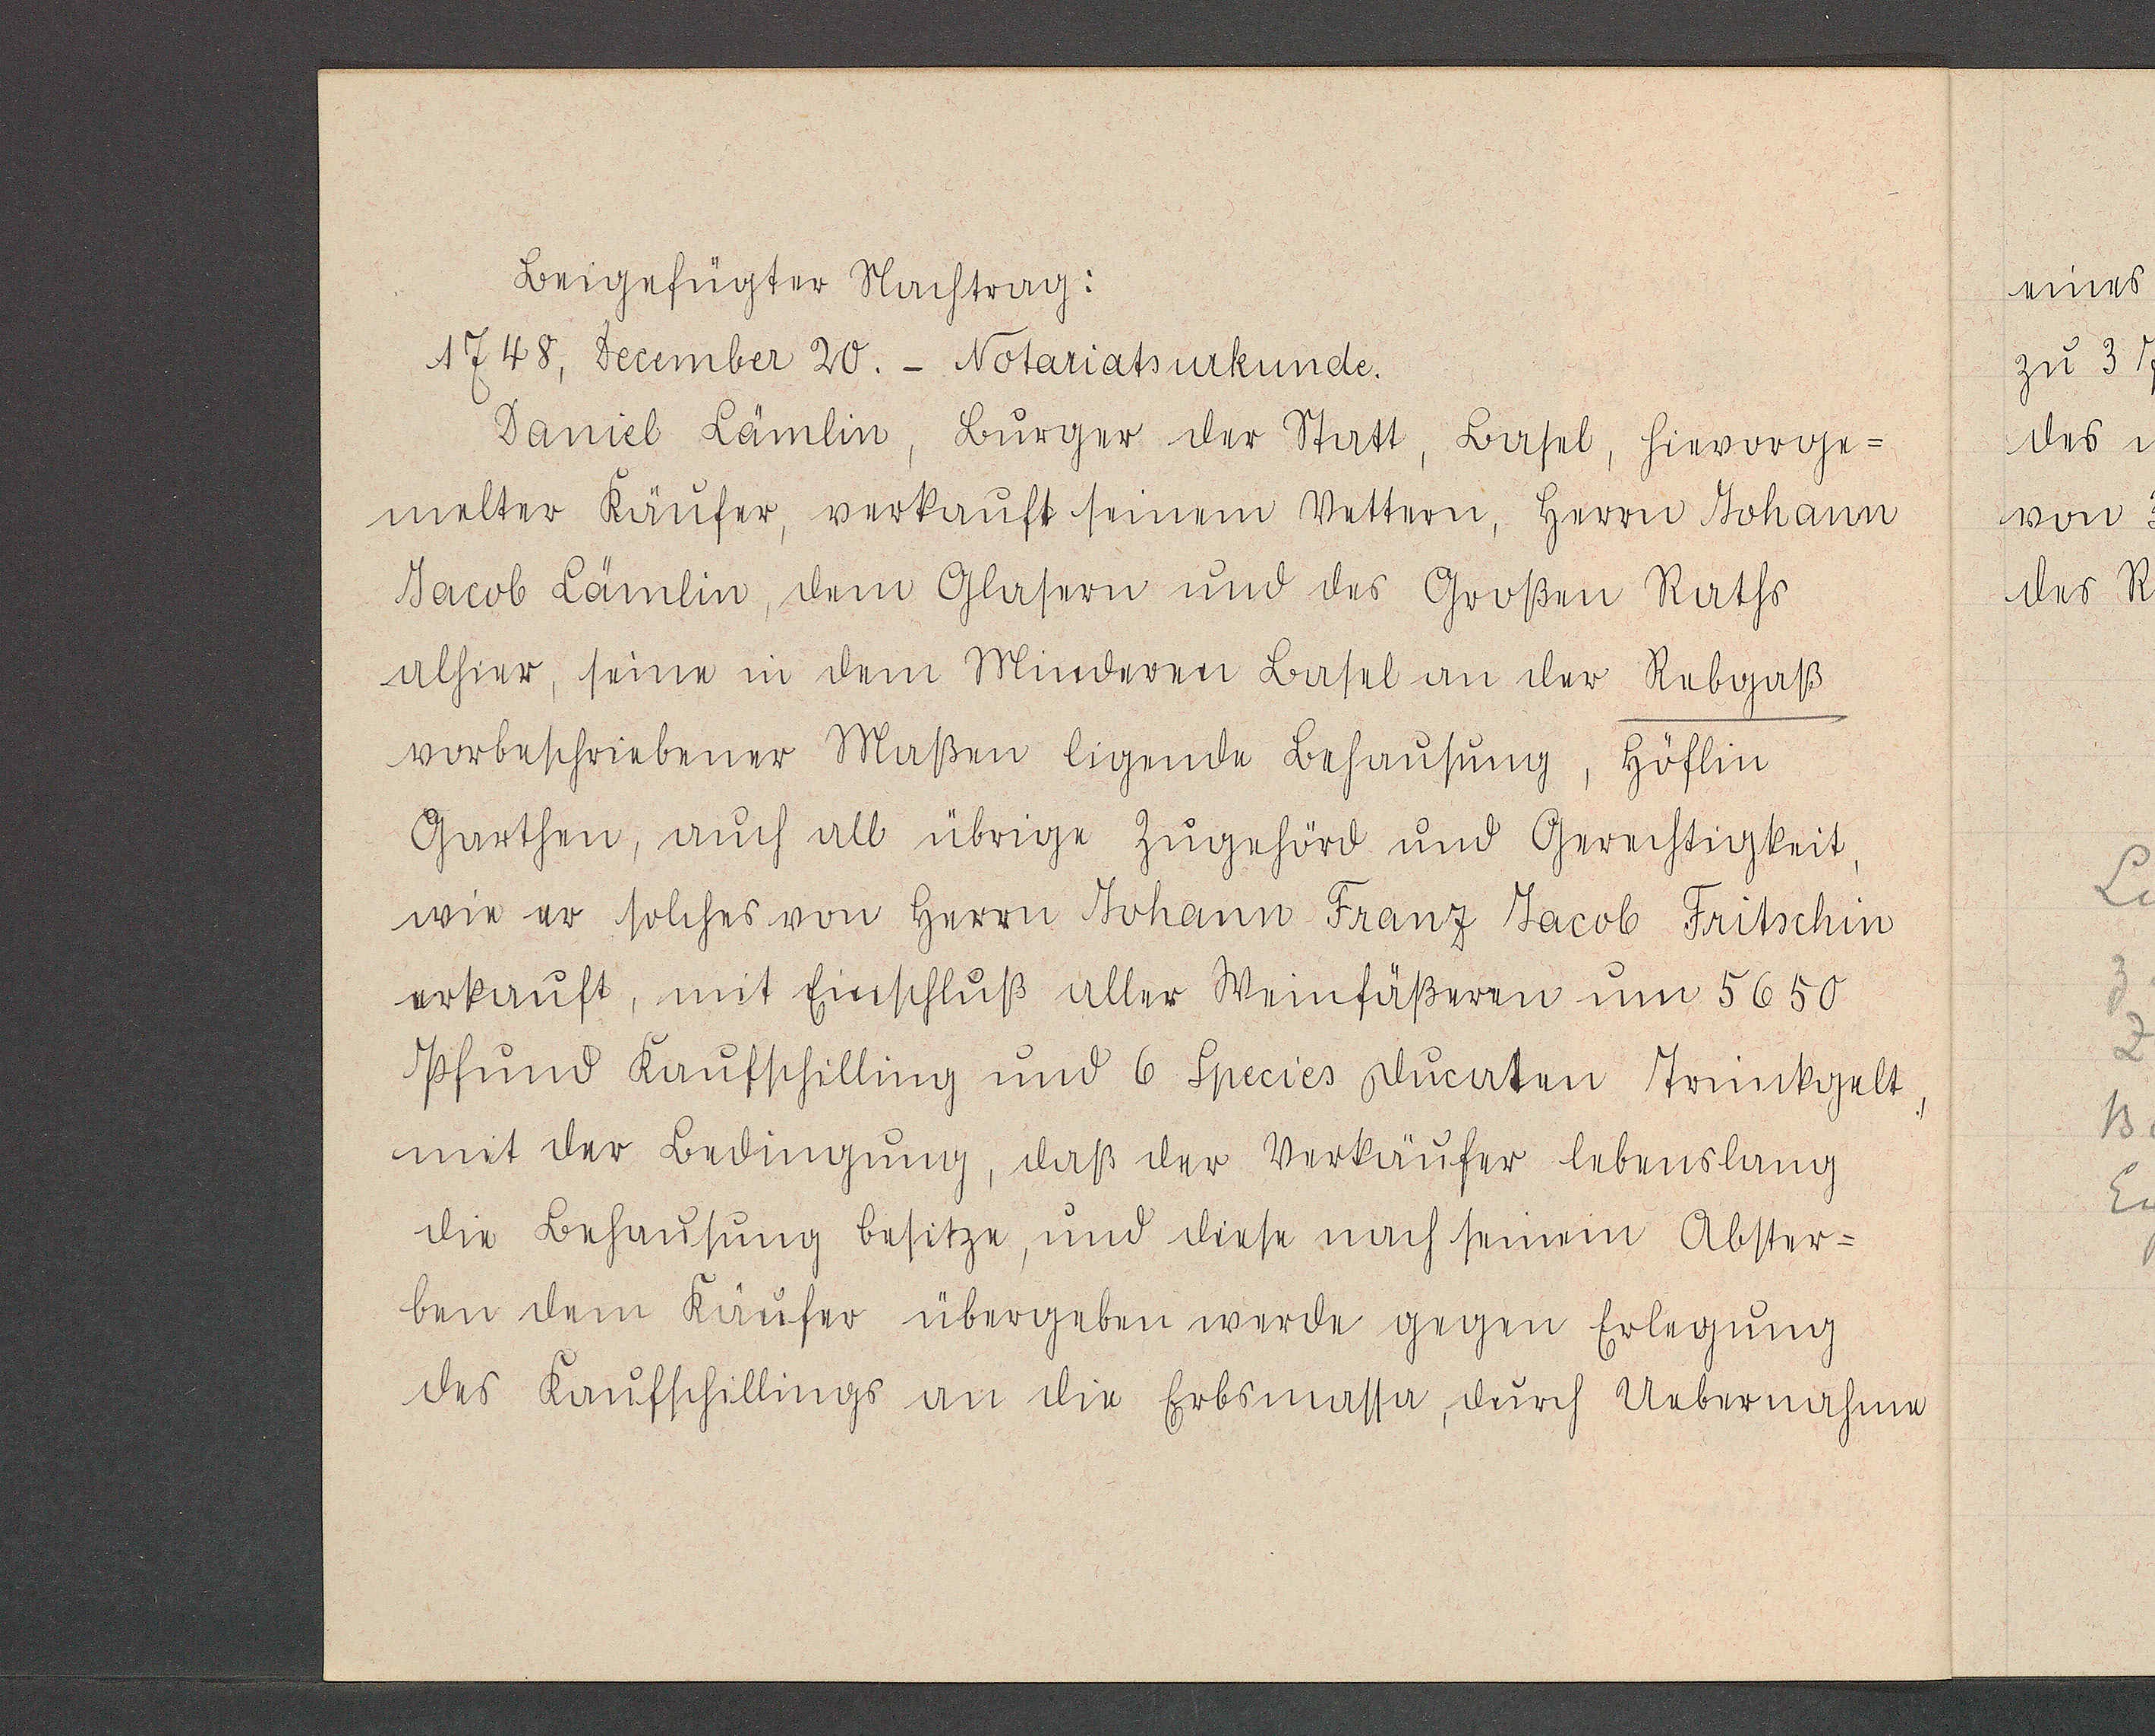
Transcript:
1748, Dezember 20. - Notariatsurkunde.
Daniel Lämlin, Burger der Statt, Basel, hievorge-
melter Käufer, verkauft seinem Vettern, herrn Johann
Jacob Lämlin, dem Glasern und des Großen Raths
alhier, seine in dem Minderrn Basel in der Rebgaß
vorbeschriebene Maßen ligende Behausung, höflin
Garthen, auch all übrige Zugehörd und Gerechtigkeit,
wie er solches von herrn Johann Franz Jacob Fritschin
erkauft, mit Einschluß aller Weinfäßeren um 5650
Pfund Kaufschilling und 6 Species ducaten trinckgelt,
mit der Bedingung, daß der Verkäufer lebenslang
die Behausung besitze, und diese nach seinem Abster-
ben dem Käufer übergeben werde gegen Erlegung
des Kaufschillings an die Erbsmasser, durch Uebernahme

beigefügter Nachtrag: